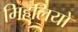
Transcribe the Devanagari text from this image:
मिहलियो